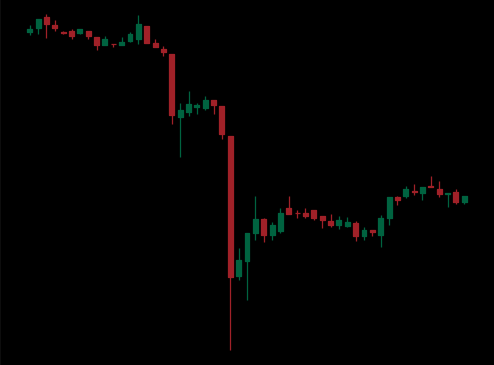
Pattern: bull_flag